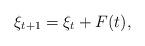
LaTeX: \begin{align*}\xi_{t+1} = \xi_t + F(t),\end{align*}